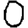
Digit: 0